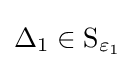
\Delta _{1}\in \operatorname {S_{\varepsilon _{1}}}